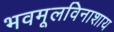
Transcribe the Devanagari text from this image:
भवमूलविनाशाय